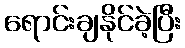
ရောင်းချနိုင်ခဲ့ပြီး